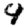
Digit: 9